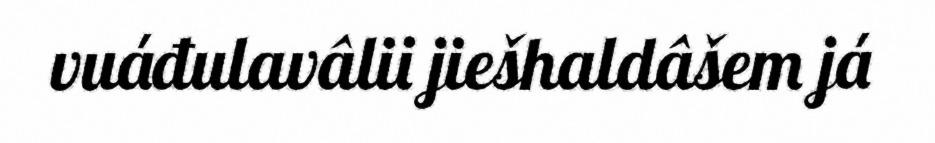
vuáđulavâlii jiešhaldâšem já